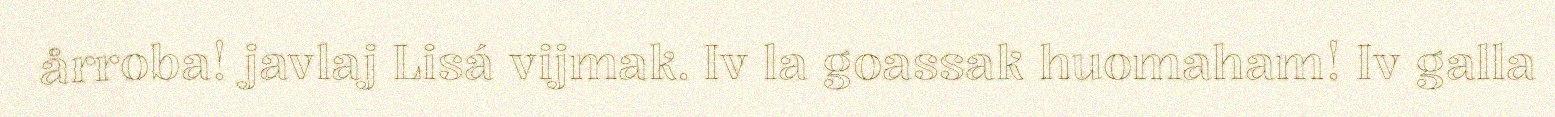
årroba! javlaj Lisá vijmak. Iv la goassak huomaham! Iv galla